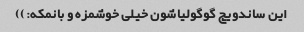
این ساندویچ گوگولیاشون خیلی خوشمزه و بانمکه:))